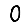
Digit: 0